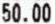
50.00